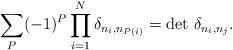
LaTeX: \begin{align*}\sum_{P}(-1)^{P}\prod_{i=1}^{N}\delta_{n_i,n_{P(i)}}=\det \,\delta_{n_i,n_j}.\end{align*}